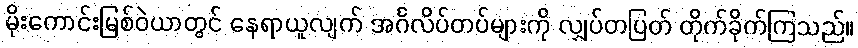
မိုးကောင်းမြစ်ဝဲယာတွင် နေရာယူလျက် အင်္ဂလိပ်တပ်များကို လျှပ်တပြတ် တိုက်ခိုက်ကြသည်။